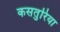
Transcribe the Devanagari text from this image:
कसतुरिया